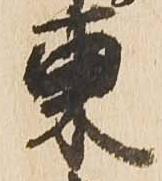
東